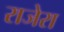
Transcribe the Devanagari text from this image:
राजेरा